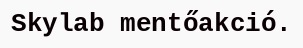
Skylab mentőakció.